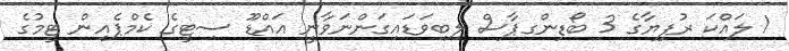
1 ލައްކަ ރުފިޔާގެ 3 ބޯޑިންގޕާސް ލިބިވަޑައިގަންނަވާނީ އައްޑޫ ސިޓީގެ ކެމްޕެއިން ޓީމުގެ